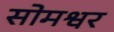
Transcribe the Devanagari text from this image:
सोमश्वर